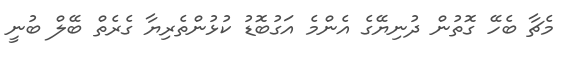
މެޗާ ބެހޭ ގޮތުން ދުނިޔޭގެ އެންމެ އަގުބޮޑު ކުޅުންތެރިޔާ ގެރެތް ބޭލް ބުނީ